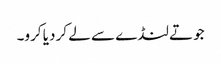
جوتے لنڈے سے لے کر دیا کرو۔